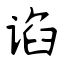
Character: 谄